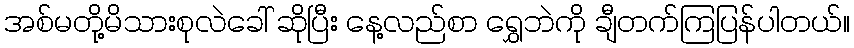
အစ်မတို့မိသားစုလဲခေါ် ဆိုပြီး နေ့လည်စာ ရွှေဘဲကို ချီတက်ကြပြန်ပါတယ်။